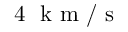
4 ~ \mathrm { ~ k ~ m ~ } / \mathrm { ~ s ~ }